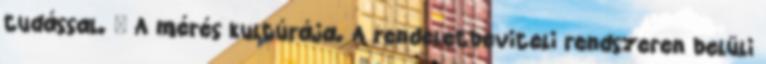
tudással.  A mérés kultúrája. A rendeletbeviteli rendszeren belüli